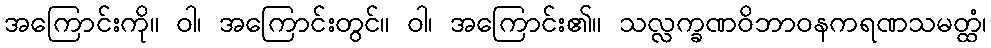
အကြောင်းကို။ ဝါ၊ အကြောင်းတွင်။ ဝါ၊ အကြောင်း၏။ သလ္လက္ခဏဝိဘာဝနကရဏသမတ္ထံ၊